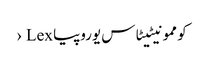
کوممونیٹیٹاس یوروپیا Lex ›